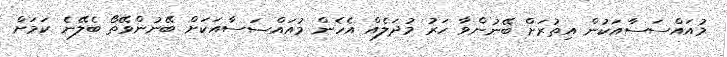
މުއައްސަސާއަކުން އިތުރަށް ބޭނުންވާ ހަރު މުދަލެއް އެހެން މުއައްސަސާއަކަށް ބޭނުންވޭތޯ ބެލޭނެ ކަމަށް